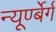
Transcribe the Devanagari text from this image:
न्यूर्ण्बेर्ग